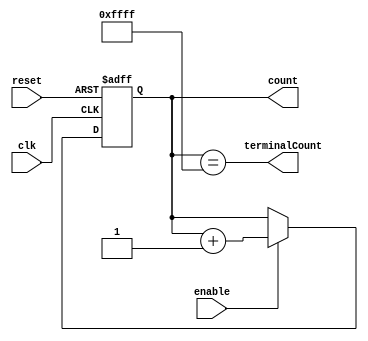

module NBitCounter #(
   parameter counterSize = 16
)(
   input  wire                  clk,
   input  wire                  reset,
   input  wire                  enable,
   output reg [counterSize-1:0] count,
   output wire                  terminalCount
);
   initial begin
      count = 0;
   end
   
   always @(posedge clk or posedge reset) begin
      if (reset)
         count <= 0;
      else if (enable)
         count <= (count + 1);
   end

   assign terminalCount = (count == (2**counterSize - 1));

endmodule